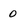
Character: 0